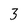
Character: 3